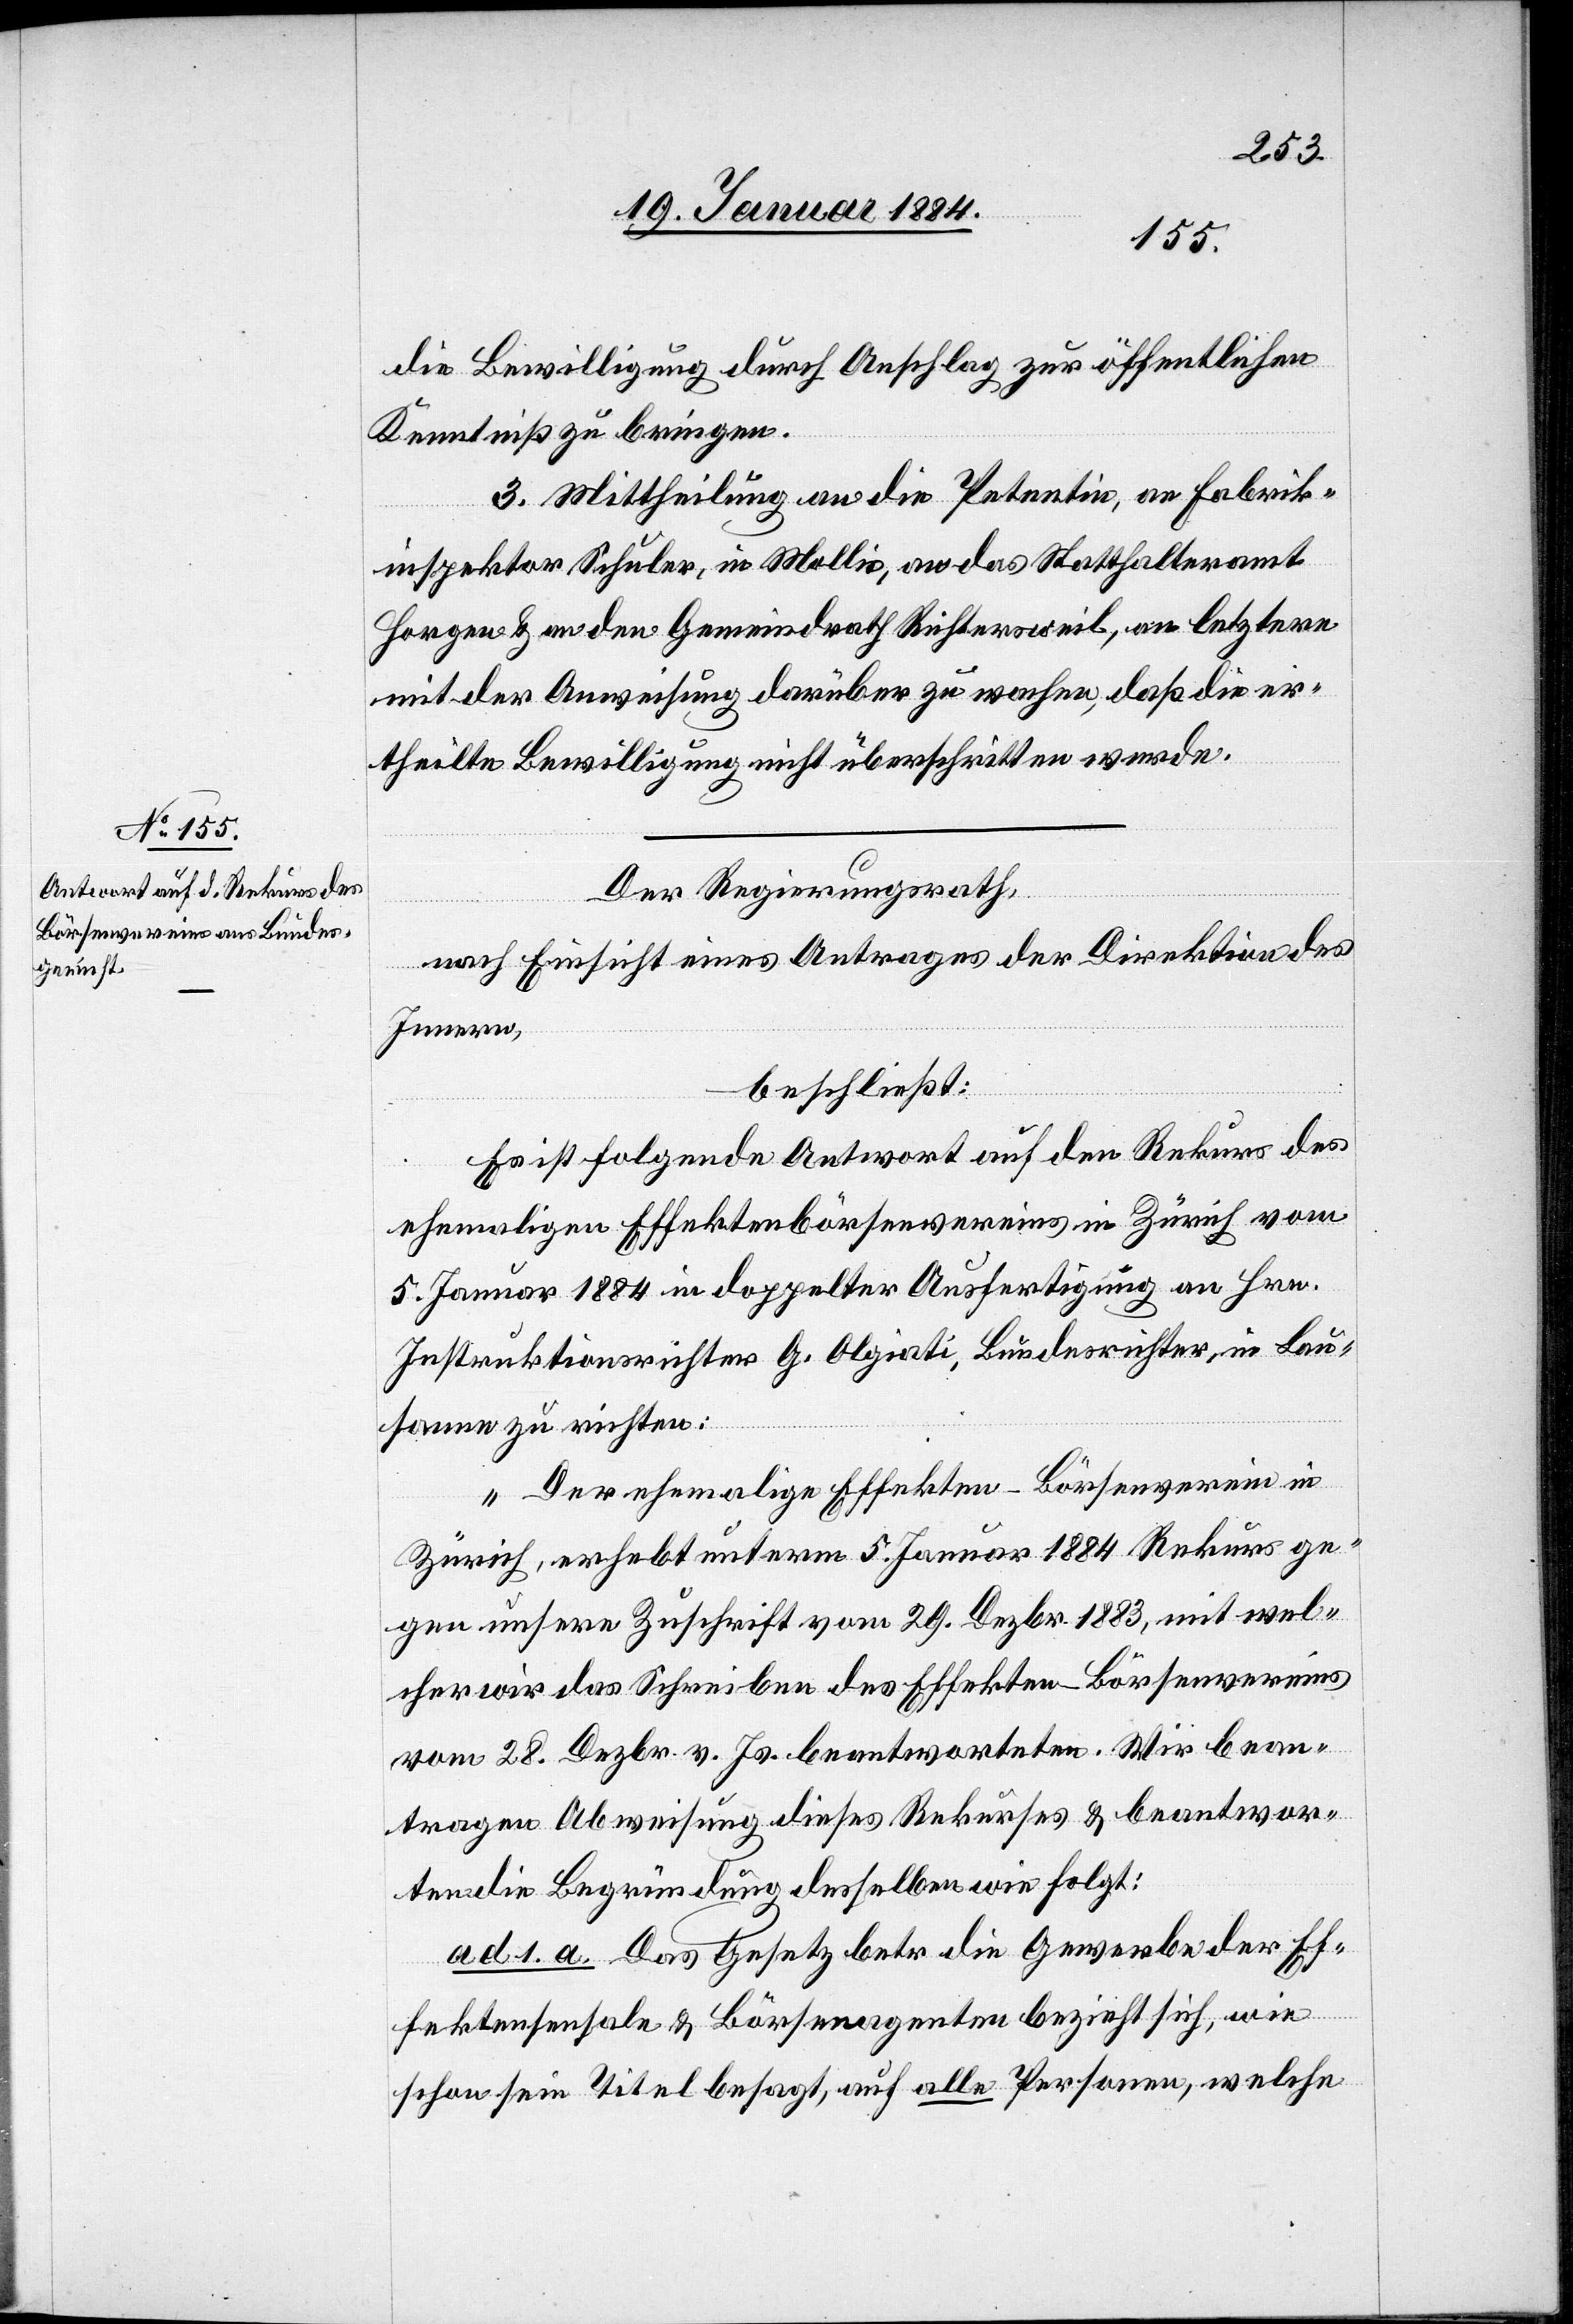
23. Januar 1884.]
die Bewilligung durch Anschlag zur öffentlichen
Kenntniß zu bringen.
3. Mittheilung an die Petentin, an Fabrik¬
inspektor Schuler, in Mollis, an das Statthalteramt
Horgen & an den Gemeindrath Richtersweil, an letztere
mit der Anweisung darüber zu wachen, daß die er¬
theilte Bewilligung nicht überschritten werde.
Der Regierungsrath,
nach Einsicht eines Antrages der Direktion des
Innern,
beschließt:
Es ist folgende Antwort auf den Rekurs des
ehemaligen Effektenbörsenvereins in Zürich vom
5. Januar 1884 in doppelter Ausfertigung an Hrn.
Instruktionsrichter G. Oligati, Bundesrichter, in Lau¬
sanne zu richten:
„Der ehemalige Effekten-Börsenverein in
Zürich, erhebt unterm 5. Januar 1884 Rekurs ge¬
gen unsere Zuschrift vom 29. Dezbr. 1883, mit wel¬
cher wir das Schreiben des Effekten-Börsenvereins
vom 28. Dezbr. v. Js. beantworteten. Wir bean¬
tragen Abweisung dieses Rekurses & beantwor¬
ten die Begründung desselben wie folgt:
ad 1. a. Das Gesetz betr. die Gewerbe der Ef¬
fektensensale & Börsenagenten bezieht sich, wie
schon sein Titel besagt, auf alle Personen, welche